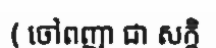
( ចៅពញា ជា សក្តិ